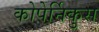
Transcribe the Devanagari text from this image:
कोपेर्निकुस